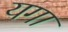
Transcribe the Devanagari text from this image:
यगा